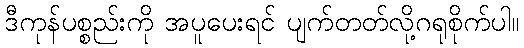
ဒီကုန်ပစ္စည်းကို အပူပေးရင် ပျက်တတ်လို့ဂရုစိုက်ပါ။